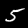
Digit: 5